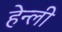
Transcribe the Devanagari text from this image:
हेन्ली